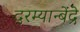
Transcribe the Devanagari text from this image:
दरम्यान्बेंद्रे